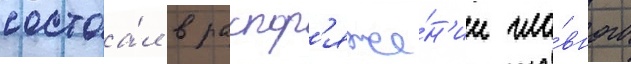
состоа́л в распор'яже́н'ии гла́вного